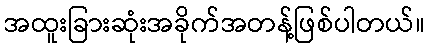
အထူးခြားဆုံးအခိုက်အတန့်ဖြစ်ပါတယ်။